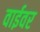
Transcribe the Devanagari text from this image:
वाईवर